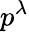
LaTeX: p^{\lambda}